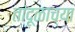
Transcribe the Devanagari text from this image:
तांदूळाच्या